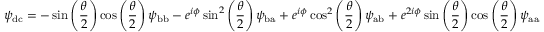
\psi _ { \mathrm { d c } } = - \sin \left( \frac { \theta } { 2 } \right) \cos \left( \frac { \theta } { 2 } \right) \psi _ { \mathrm { b b } } - e ^ { i \phi } \sin ^ { 2 } \left( \frac { \theta } { 2 } \right) \psi _ { \mathrm { b a } } + e ^ { i \phi } \cos ^ { 2 } \left( \frac { \theta } { 2 } \right) \psi _ { \mathrm { a b } } + e ^ { 2 i \phi } \sin \left( \frac { \theta } { 2 } \right) \cos \left( \frac { \theta } { 2 } \right) \psi _ { \mathrm { a a } }